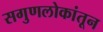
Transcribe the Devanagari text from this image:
सगुणलोकांतून